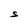
Character: S